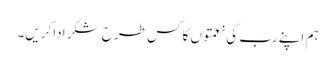
ہم اپنے رب کی نعمتوں کا کس طرح شکر ادا کریں۔